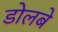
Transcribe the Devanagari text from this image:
डोलबे